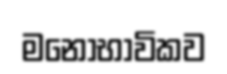
මනෝභාවිකව